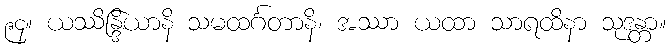
၉၄။ ယဿိန္ဒြိယာနိ သမထင်္ဂတာနိ၊ အဿာ ယထာ သာရထိနာ သုဒန္တာ။